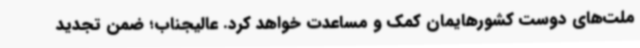
ملت‌های دوست کشورهایمان کمک و مساعدت خواهد کرد. عالیجناب؛ ضمن تجدید